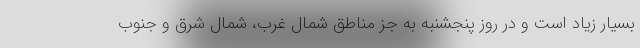
بسیار زیاد است و در روز پنجشنبه به جز مناطق شمال غرب، شمال شرق و جنوب